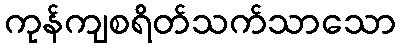
ကုန်ကျစရိတ်သက်သာသော